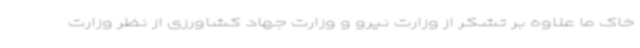
خاک ما علاوه بر تشکر از وزارت نیرو و وزارت جهاد کشاورزی از نظر وزارت